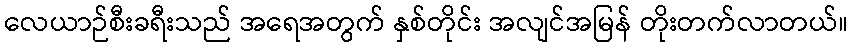
လေယာဉ်စီးခရီးသည် အရေအတွက် နှစ်တိုင်း အလျင်အမြန် တိုးတက်လာတယ်။